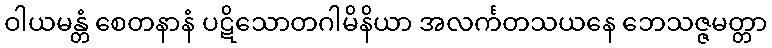
ဝါယမန္တံ စေတနာနံ ပဋိသောတဂါမိနိယာ အလင်္ကတသယနေ ဘေသဇ္ဇမတ္တာ